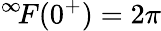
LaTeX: ^{\infty}\! F(0^{+})=2\pi